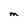
Character: M